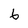
Character: 6